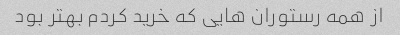
از همه رستوران هایی که خرید کردم بهتر بود